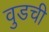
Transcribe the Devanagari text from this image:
वुडची